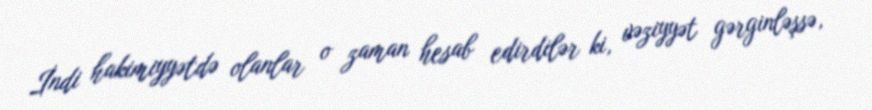
İndi hakimiyyətdə olanlar o zaman hesab edirdilər ki, vəziyyət gərginləşsə,